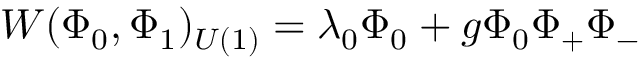
W ( \Phi _ { 0 } , \Phi _ { 1 } ) _ { U ( 1 ) } = \lambda _ { 0 } \Phi _ { 0 } + g \Phi _ { 0 } \Phi _ { + } \Phi _ { - }